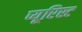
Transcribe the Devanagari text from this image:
प्यूरिस्ट